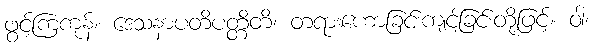
ဖွင့်ကြကုန်။ ဒေသနာပတိပတ္တိတိ၊ တရားဟောခြင်းကျင့်ခြင်းတို့ဖြင့်။ ဝါ၊